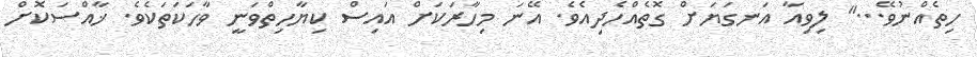
ހިތެއްނުވޭ..." ލިވިއާ އަނގަޔަށް ގޮތެއްހެދިއެވެ. އޭނަ މިހާރަކަށް އައިސް ކިޔާހިތްވަނީ ވާހަކަތަކެވެ. ޚާއްސަކޮށް